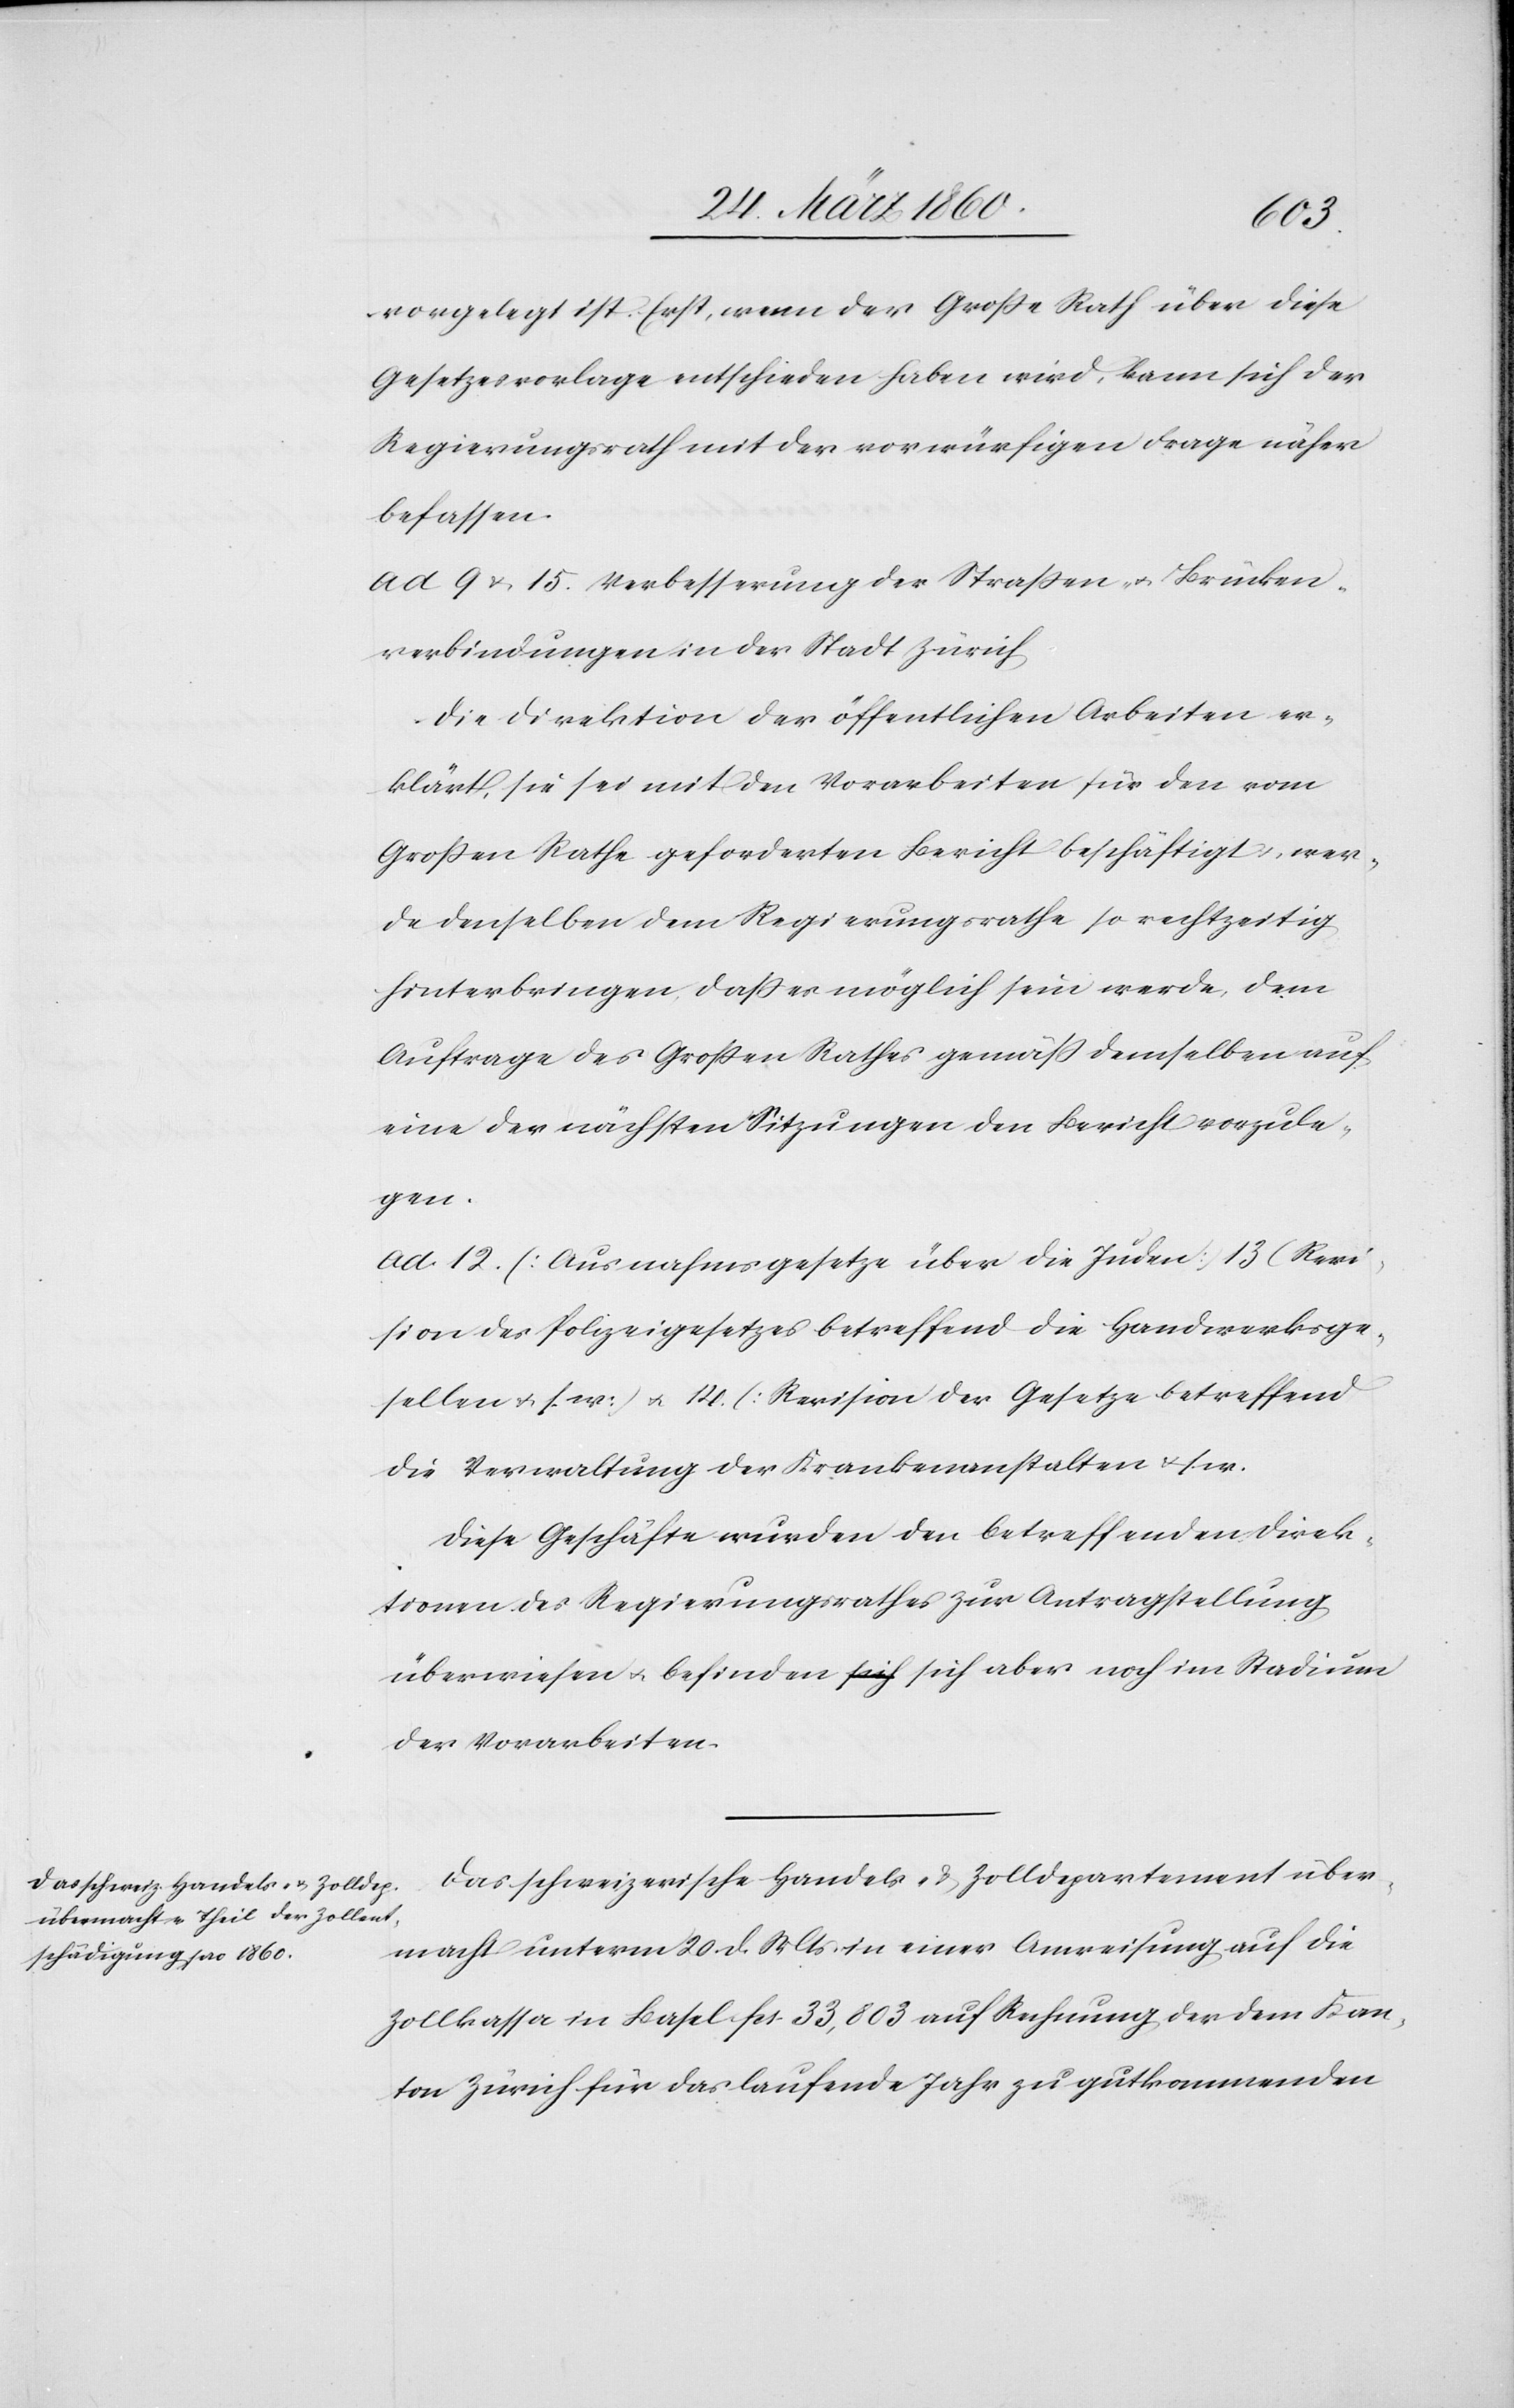
vorgelegt ist. Erst, wenn der Grosse Rath über diese
Gesetzesvorlage entschieden haben wird, kann sich der
Regierungsrath mit der vorwürfigen Frage näher
befassen.
ad 9 u. 15. Verbesserung der Strassen- u. Brücken¬
verbindungen in der Stadt Zürich.
Die Direktion der öffentlichen Arbeiten er¬
klärt, sie sei mit den Vorarbeiten für den vom
Grossen Rathe geforderten Bericht beschäftigt, wer¬
den denselben dem Regierungsrathe so rechtzeitig
hinterbringen, dass es möglich sein werde, dem
Auftrage des Grossen Rathes gemäss demselben auf
eine der nächsten Sitzungen den Bericht vorzule¬
gen.
ad 12 (Ausnahmsgesetze über die Juden) 13 (Revi¬
sion des Polizeigesetzes betreffend die Handwerksge¬
sellen u. s. w.) u. 14 (Revision der Gesetze betreffend
die Verwaltung der Krankenanstalten u.
Diese Geschäfte wurden den betreffenden Direk¬
tionen des Regierungsrathes zur Antragstellung
überwiesen u. befinden sich aber noch im Stadium
der Vorarbeiten.
Das schweizerische Handels- u. Zolldepartement über¬
macht unterm 20. d. Mts. in einer Anweisung auf die
Zollkassa in Basel fcs. 33,803 auf Rechnung der dem Kan¬
ton Zürich für das laufende Jahr zu gutkommenden